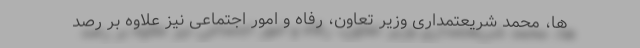
ها، محمد شريعتمدارى وزير تعاون، رفاه و امور اجتماعى نيز علاوه بر رصد